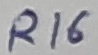
Text: R16